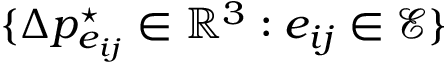
\{ \Delta p _ { e _ { i j } } ^ { \star } \in \mathbb { R } ^ { 3 } : e _ { i j } \in \mathcal { E } \}